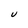
Character: U